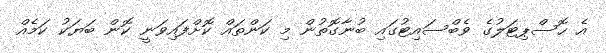
އެ ހޮސްޕިޓަލުގެ ވެބްސައިޓުގައި ބުނާގޮތުން މި ކަންތައް ކޮށްފައިވަނީ ކޮން ބަޔަކު ކަމެއް